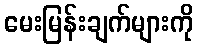
မေးမြန်းချက်များကို